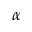
\alpha